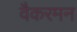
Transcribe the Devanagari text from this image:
वैकरमन